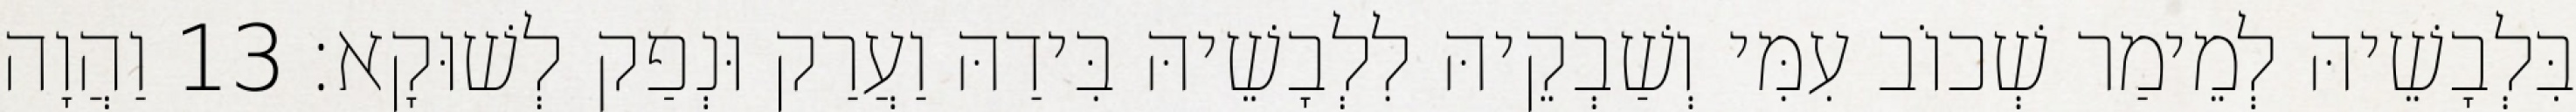
בִּלְבָשֵׁיהּ לְמֵימַר שְׁכוֹב עִמִּי וְשַׁבְקֵיהּ לִלְבָשֵׁיהּ בִּידַהּ וַעֲרַק וּנְפַק לְשׁוּקָא׃ 13 וַהֲוָה